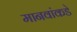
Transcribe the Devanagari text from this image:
मानवांकडे